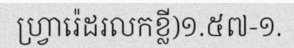
ហ្វ្រារ៉េដរលកខ្លី)១.៥៧-១.